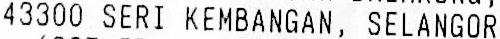
43300 SERI KEMBANGAN, SELANGOR